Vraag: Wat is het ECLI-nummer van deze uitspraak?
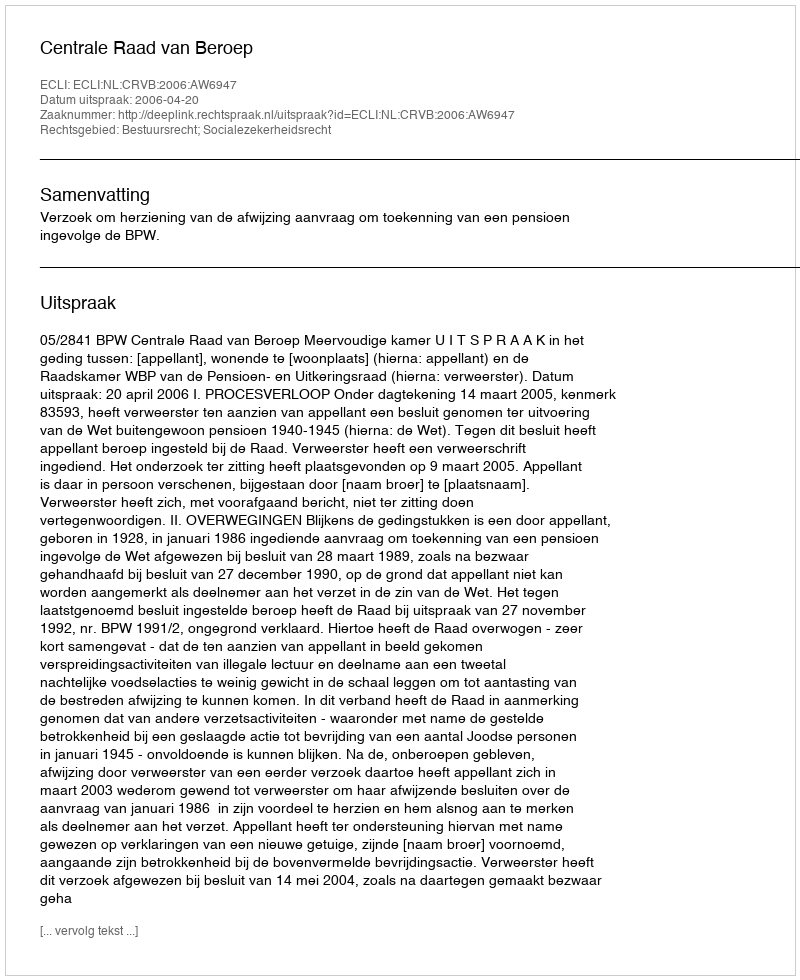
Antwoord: ECLI:NL:CRVB:2006:AW6947